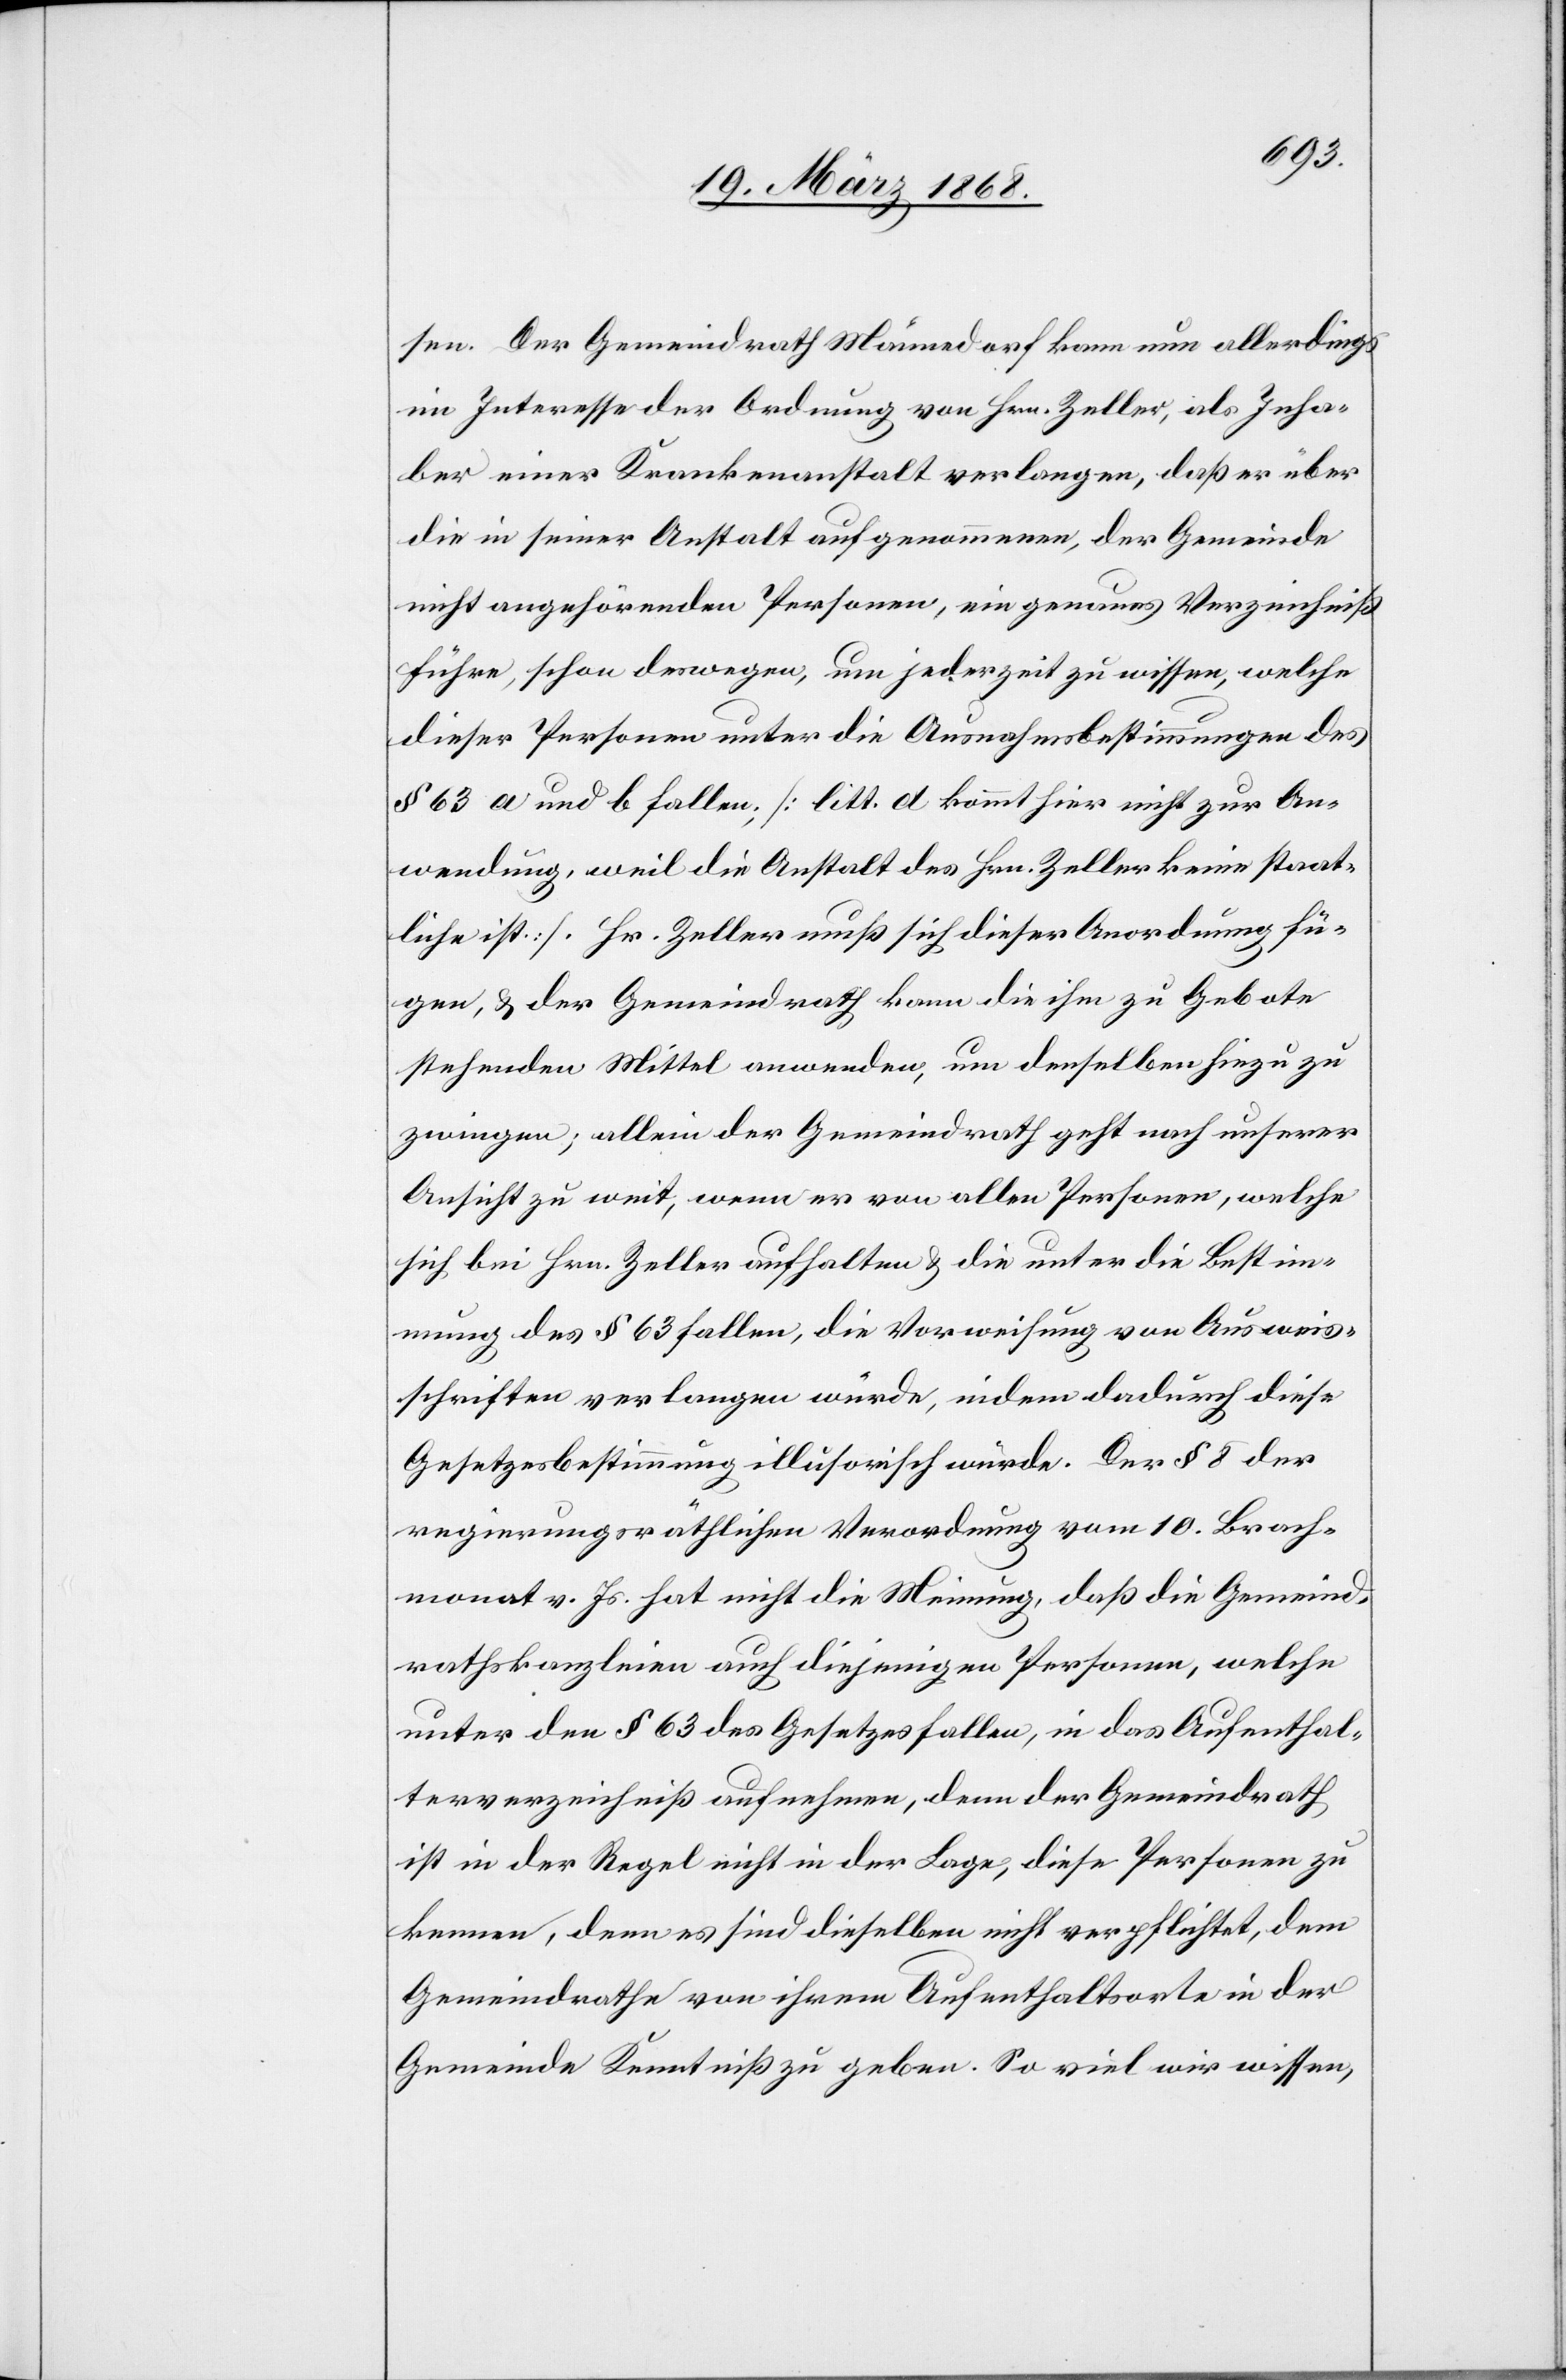
sen. Der Gemeindrath Männedorf kann nun allerdings
im Interesse der Ordnung von Hrn. Zeller, als Inha¬
ber einer Krankenanstalt verlangen, daß er über
die in seiner Anstalt aufgenommenen, der Gemeinde
nicht angehörenden Personen, ein genaues Verzeichniß
führe, schon deswegen, um jederzeit zu wissen, welche
dieser Personen unter die Ausnahmsbestimmungen des
§ 63 a und b fallen, [litt. d kommt hier nicht zur An¬
wendung, weil die Anstalt des Hrn. Zeller keine staat¬
liche ist.]. Hr. Zeller muß sich dieser Anordnung fü¬
gen, & der Gemeindrath kann die ihm zu Gebote
stehenden Mittel anwenden, um denselben hiezu zu
zwingen; allein der Gemeindrath geht nach unserer
Ansicht zu weit, wenn er von allen Personen, welche
sich bei Hrn. Zeller aufhalten & die unter die Bestim¬
mung des § 63 fallen, die Vorweisung von Ausweis¬
schriften verlangen würde, indem dadurch diese
Gesetzesbestimmung illusorisch würde. Der § 8 der
regierungsräthlichen Verordnung vom 10. Brach¬
monat v. Js. hat nicht die Meinung, daß die Gemeind¬
rathskanzleien auch diejenigen Personen, welche
unter den § 63 des Gesetzes fallen, in das Aufenthal¬
terverzeichniß aufnehmen, denn der Gemeindrath
ist in der Regel nicht in der Lage, diese Personen zu
kennen, denn es sind dieselben nicht verpflichtet, dem
Gemeindrathe von ihrem Aufenthaltsorte in der
Gemeinde Kenntniß zu geben. So viel wir wissen,